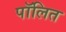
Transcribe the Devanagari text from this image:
पॉलित